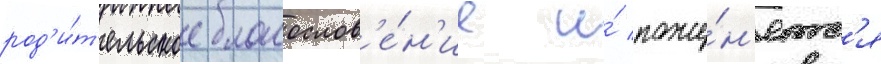
род'и́т'ельское благослов'е́н'ие и́ поже́н'ятс'я